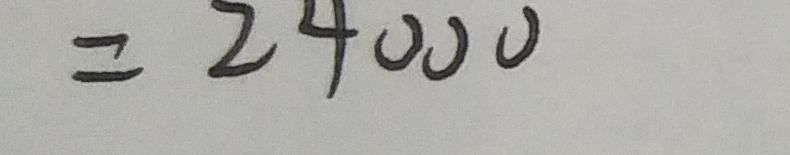
= 2 4 0 0 0